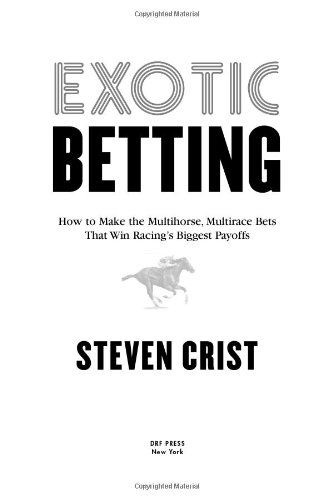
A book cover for Exotic Betting: How to Make the Multihorse, Multirace Bets that Win Racing's Biggest Payoffs; Steven Crist; Humor & Entertainment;